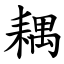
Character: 耦